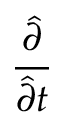
\frac { \hat { \partial } } { \hat { \partial } t }